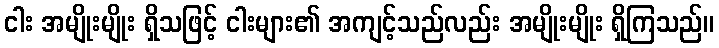
ငါး အမျိုးမျိုး ရှိသဖြင့် ငါးများ၏ အကျင့်သည်လည်း အမျိုးမျိုး ရှိကြသည်။